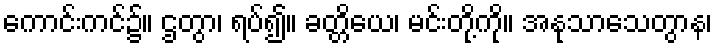
ကောင်းကင်၌။ ဌတွာ၊ ရပ်၍။ ခတ္တိယေ၊ မင်းတို့ကို။ အနုသာသေတွာန၊